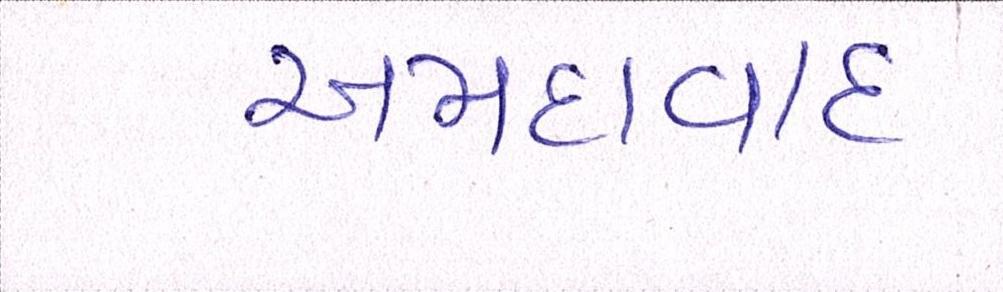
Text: અમદાવાદઃ